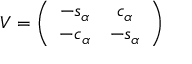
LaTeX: V = \left( \begin{array} { c c } { { - s _ { \alpha } } } & { { c _ { \alpha } } } \\ { { - c _ { \alpha } } } & { { - s _ { \alpha } } } \end{array} \right)